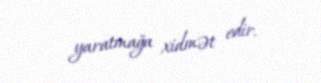
yaratmağa xidmət edir.